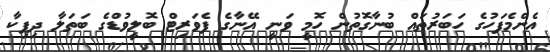
އެންމެފަހުގެ ހަބަރުތައް ބުނާގޮތުން ހޮމީ ވަނީ އޭނާގެ ފެވަރިޓް ބޮލީވުޑްގެ ބަތަލާ ދިޕިކާ